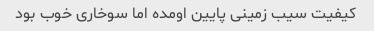
کیفیت سیب زمینی پایین اومده اما سوخاری خوب بود